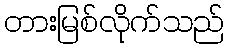
တားမြစ်လိုက်သည်